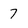
Character: 7